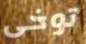
توخى